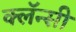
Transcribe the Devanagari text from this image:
क्लॅन्सी